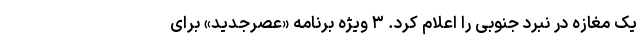
یک مغازه در نبرد جنوبی را اعلام کرد. ۳ ویژه‌ برنامه «عصرجدید» برای